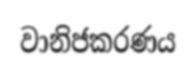
වානිජකරණය